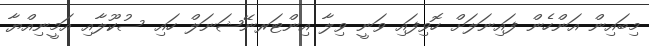
މިބައިން އަންހެން ފައިނަލަށް ހޮވިފައި ވަނީ ވިލާ އިންޓަރނޭޝަނަލް ހައި ސުކޫލާއި އަމީނިއްޔާ